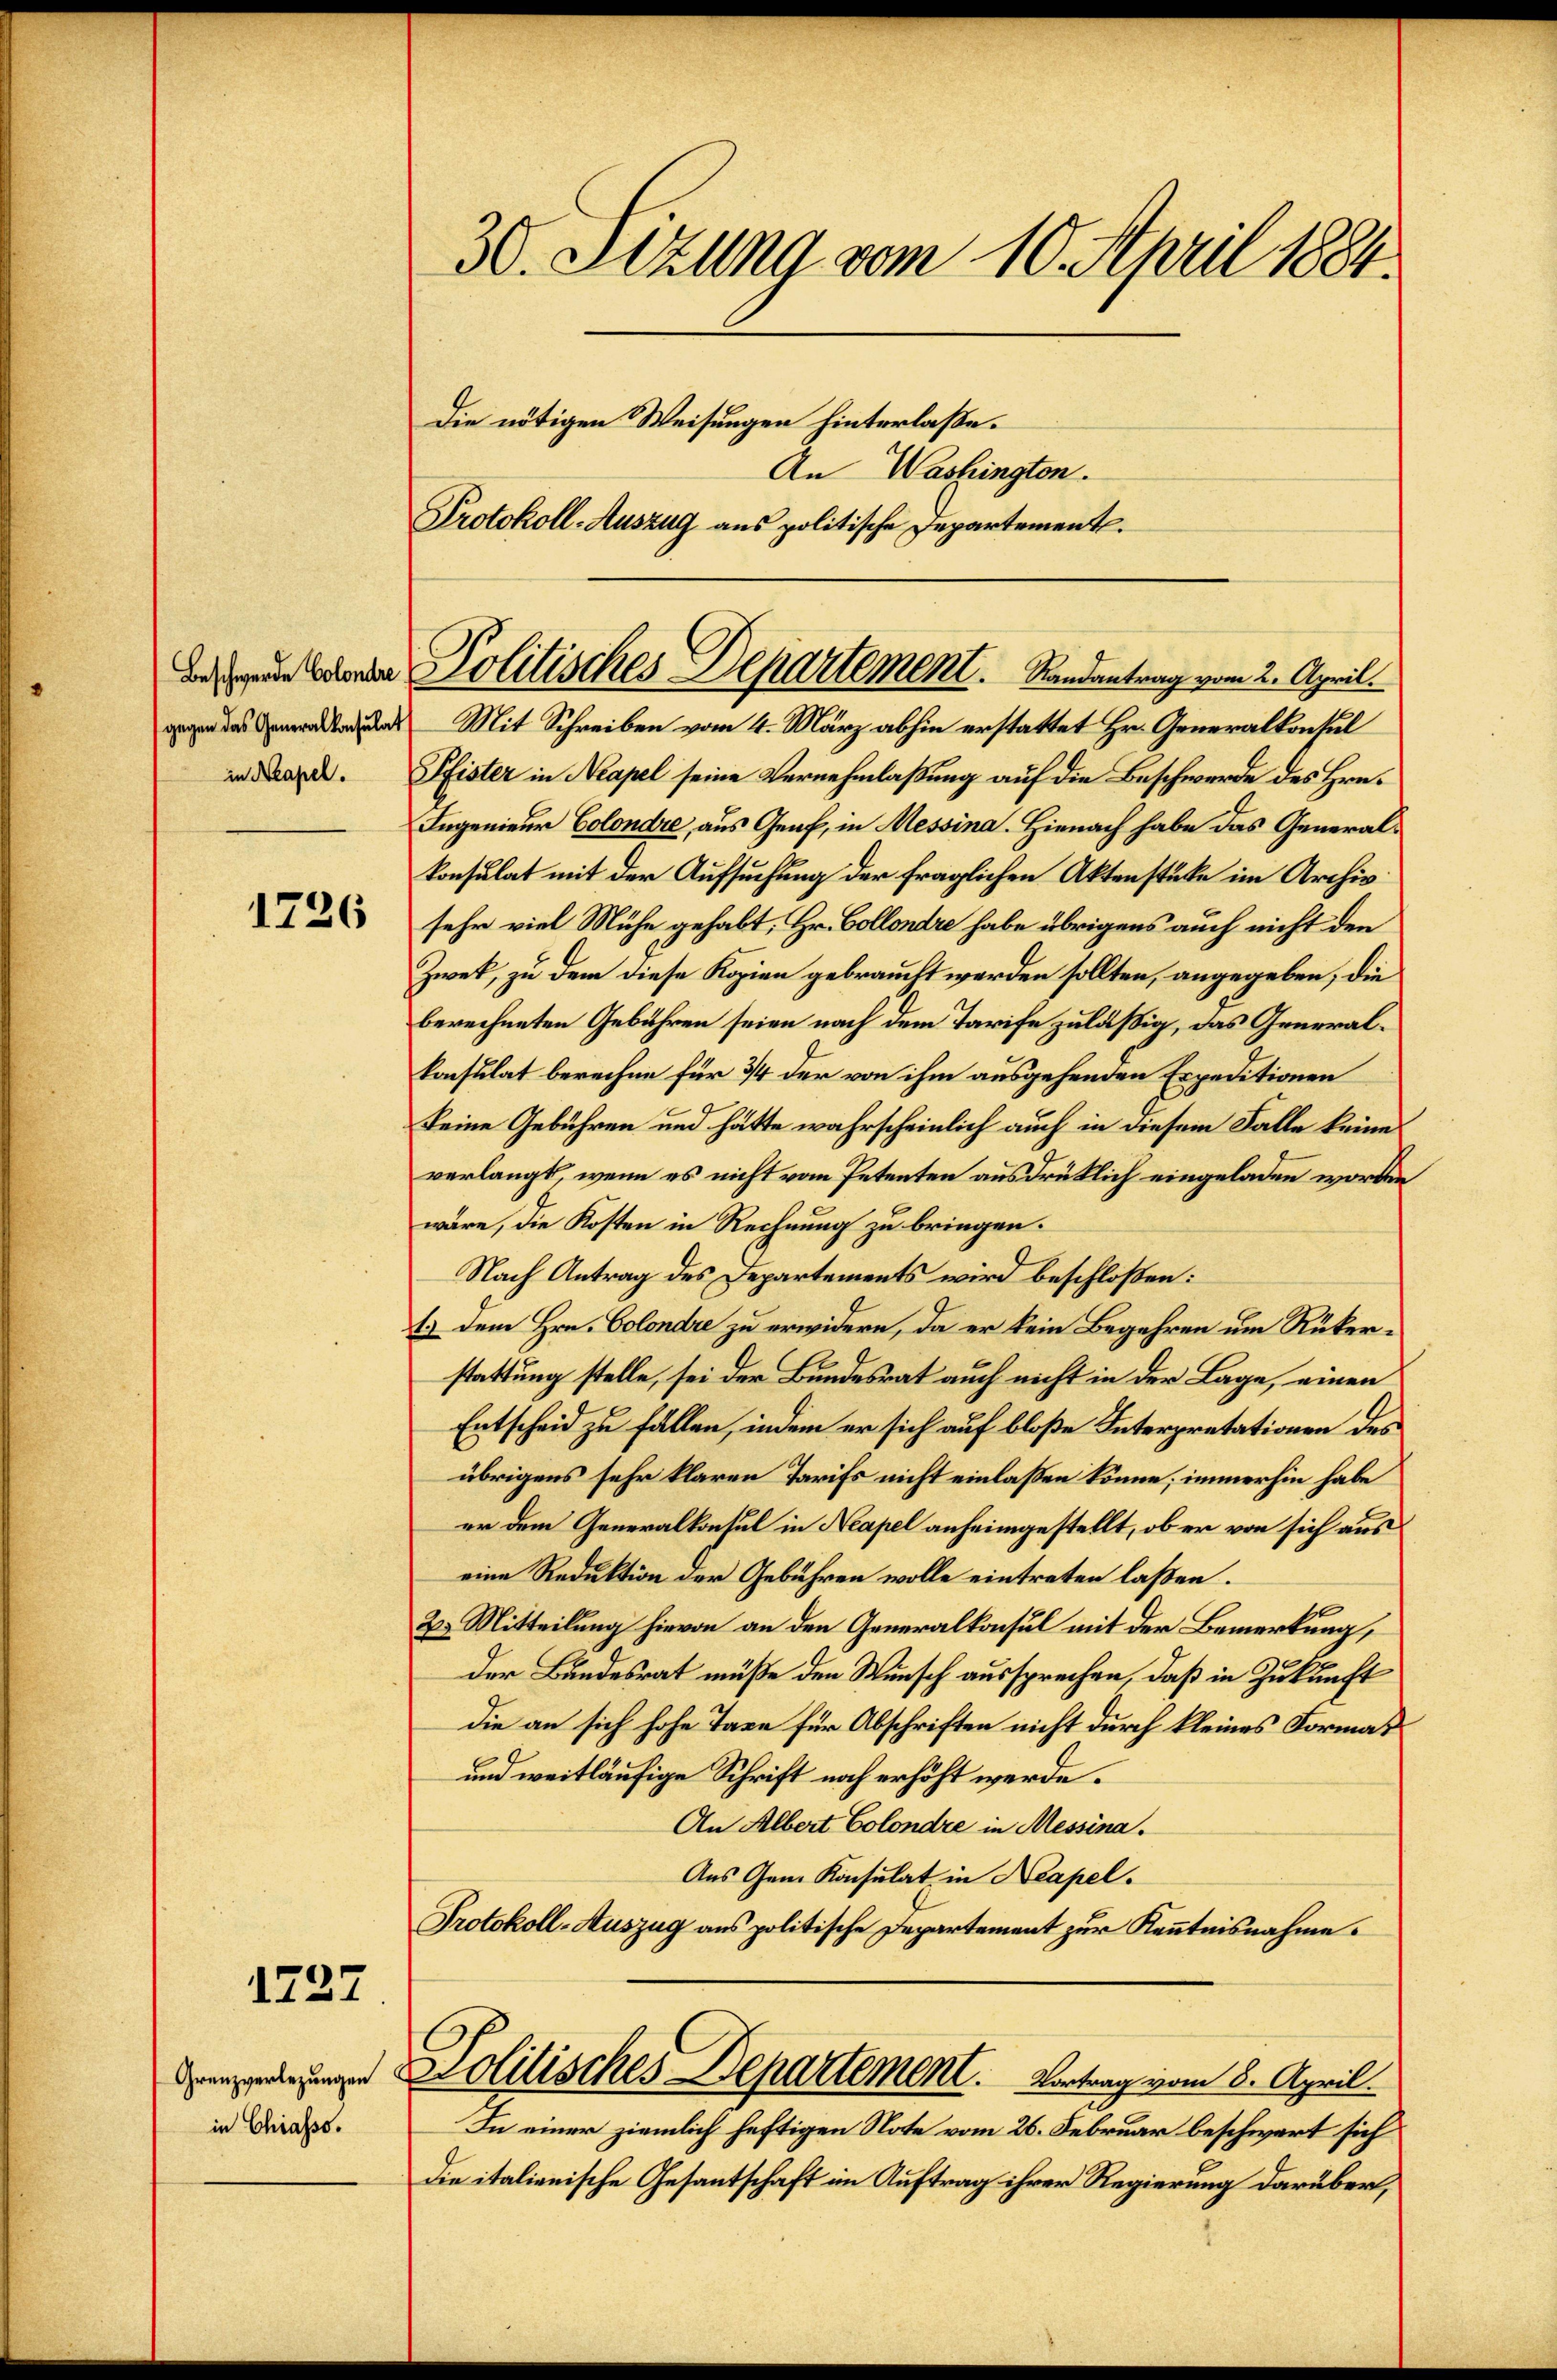
Beschwerde Colondre
gegen das Generalkonsulat
in Neapel.

1726

1727

Grenzverlegungen
in Chiasso.

30. Setzung vom 10. April 1884.
Die nötigen Weisungen hinterlaße.
An Washingten.
Protokoll-Auszug aus politische Departement.

Mit Schreiben vom 4. März abhin erstattet Hr. Generalkonsul
Pfister in Neapel seine Vernehmlaßung auf die Beschwerde des Hrn.
Ingenieur Colondre, aus Genf, in Messina. Hienach habe das Generalkonsulat mit der Aufsuchung der fraglichen Aktenstüke im Archiv
sehr viel Mühe gehabt, Hr. Collendre habe übrigens auch nicht den
Zwet, zu dem diese Kopien gebraucht werden sollten, angegeben, die
berechneten Gebühren seien nach dem Tarife zuläßig, das Generalkonsulat berechne für 34 der von ihm ausgehenden Erpeditionen
keine Gebühren und hätte wahrscheinlich auch in diesem Falle keine
verlangt, wenn es nicht vom Petenten ausdrücklich eingeladen worden
wäre, die Kosten in Rechnung zu bringen.
Nach Antrag des Departements wird beschloßen:
1.) Dem Hrn. Colondre zu erwidern, da er kein Begehren um Rükerstattung stelle, sei der Bundesrat auch nicht in der Lage, einen
Entscheid zu fällen, indem er sich auf bloße Interpretationen des
übrigens sehr klaren Tarifs nicht einlassen könne; immerhin habe
er dem Generalkonsul in Neapel anheimgestellt, ob er von sich aus
eine Reduktion der Gebühren wolle eintreten laßen.
2. Mitteilung hievon an den Generalkonsul mit der Bemerkung,
der Bundesrat müße den Wunsch aussprechen, daß in Zukunft
die an sich hohe Taxe für Abschriften nicht durch kleines Formas
und weitläufige Schrift noch erhöht werde.
An Albert Colondre in Messina.
Aus Gem. Konsulat in Neapel.
Protokoll-Auszug aus politische Departement zur Kenntnisnahme.
Politisches Departement. Vortrag vom 8. April.
In einer ziemlich heftigen Note vom 26. Februar beschwert sich
Die italienische Gesantschaft im Auftrag ihrer Regierung darüber,

Politisches Departement. Randantrag vom 2. April.